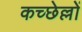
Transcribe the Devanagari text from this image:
कच्छेल्लों